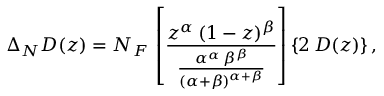
\Delta _ { N } D ( z ) = N _ { F } \, \left[ \frac { z ^ { \alpha } \, ( 1 - z ) ^ { \beta } } { \frac { \alpha ^ { \alpha } \, \beta ^ { \beta } } { ( \alpha + \beta ) ^ { \alpha + \beta } } } \right] \{ 2 \, D ( z ) \} \, ,